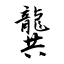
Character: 龔